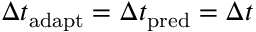
\Delta t _ { \mathrm { a d a p t } } = \Delta t _ { \mathrm { p r e d } } = \Delta t